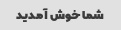
شما خوش آمدید